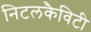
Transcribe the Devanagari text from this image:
निटलकैविटी